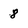
Character: 8